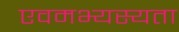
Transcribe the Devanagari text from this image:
एवमभ्यस्यता